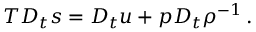
\begin{array} { r } { T D _ { t } s = D _ { t } u + p D _ { t } \rho ^ { - 1 } \, . } \end{array}